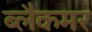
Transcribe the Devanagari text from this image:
ब्लैकमर